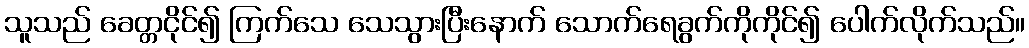
သူသည် ခေတ္တငိုင်၍ ကြက်သေ သေသွားပြီးနောက် သောက်ရေခွက်ကိုကိုင်၍ ပေါက်လိုက်သည်။